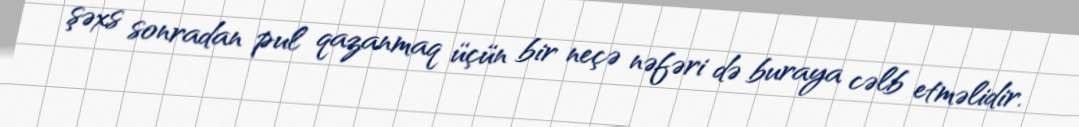
şəxs sonradan pul qazanmaq üçün bir neçə nəfəri də buraya cəlb etməlidir.